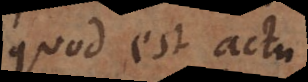
quod est actu